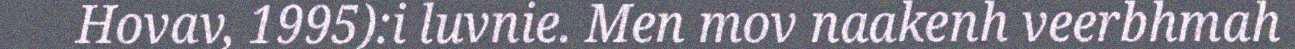
Hovav, 1995):i luvnie. Men mov naakenh veerbhmah